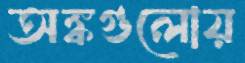
অঙ্কগুলোয়